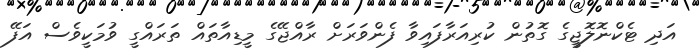
އަދި ޓެކްނޮލޮޖީގެ ގޮތުން ކުރިއަރާފައިވާ ފެންވަރަށް ރާއްޖޭގެ މީޑިއާތައް ތަރައްގީ ވުމަކީވެސް އަފޭ